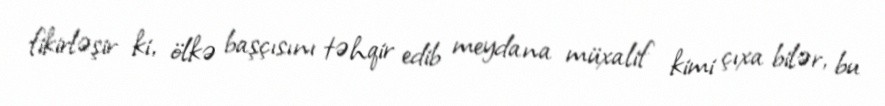
fikirləşir ki, ölkə başçısını təhqir edib meydana müxalif kimi çıxa bilər, bu